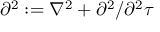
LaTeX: \partial ^ { 2 } : = \nabla ^ { 2 } + \partial ^ { 2 } / \partial ^ { 2 } \tau